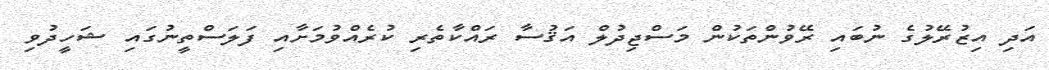
އަދި އިޒުރޭލުގެ ނުބައި ރޭވުންތަކުން މަސްޖިދުލް އަޤުސާ ރައްކާތެރި ކުރެއްވުމަށާއި ފަލަސްތީނުގައި ޝަހީދުވި